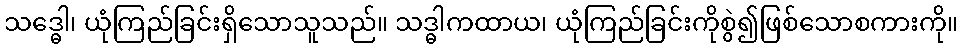
သဒ္ဓေါ၊ ယုံကြည်ခြင်းရှိသောသူသည်။ သဒ္ဓါကထာယ၊ ယုံကြည်ခြင်းကိုစွဲ၍ဖြစ်သောစကားကို။